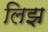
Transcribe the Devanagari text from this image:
लिझ